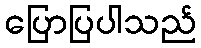
ပြောပြပါသည်